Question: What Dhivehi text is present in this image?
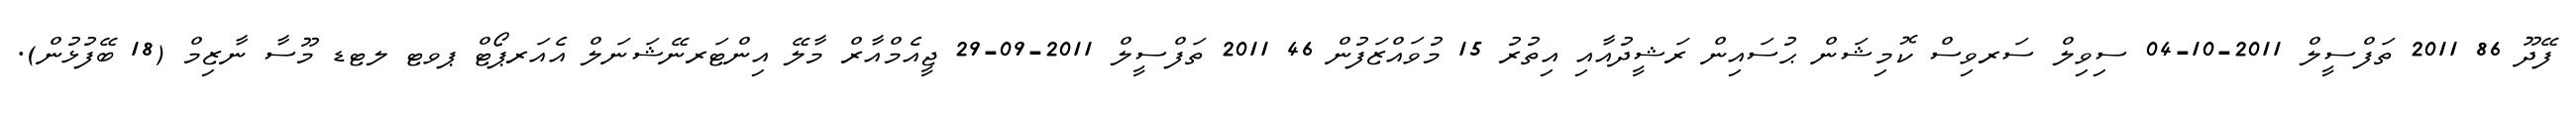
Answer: ފޭދޫ 86 2011 ތަފްސީލް 2011-10-04 ސިވިލް ސަރވިސް ކޮމިޝަން ޙުސައިން ރަޝީދުއާއި އިތުރު 15 މުވައްޒަފުން 46 2011 ތަފްސީލް 2011-09-29 ޖީއެމްއާރް މާލޭ އިންޓަރނޭޝަނަލް އެއަރޕޯޓް ޕވޓ ލޓޑ މޫސާ ނާޒިމް (18 ބޭފުޅުން).